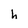
Character: h